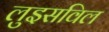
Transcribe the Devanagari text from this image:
लुइसविल